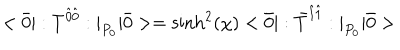
LaTeX: < \bar { 0 } | : T ^ { \hat { 0 } \hat { 0 } } : | _ { P _ { 0 } } | \bar { 0 } > = \sinh ^ { 2 } ( \chi ) < \bar { 0 } | : \bar { T } ^ { \hat { 1 } \hat { 1 } } : | _ { P _ { 0 } } | \bar { 0 } >